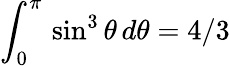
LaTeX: \int_{0}^{\pi}\, \sin^{3}\theta\, d\theta={4}/{3}